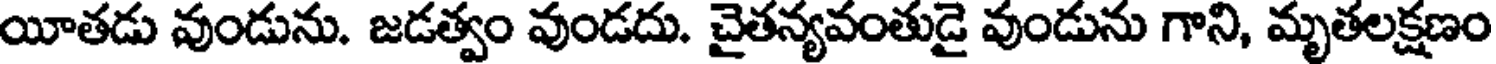
యీతడు వుండును. జడత్వం వుండదు. చైతన్యవంతుడై వుండును గాని, మృతలక్షణం